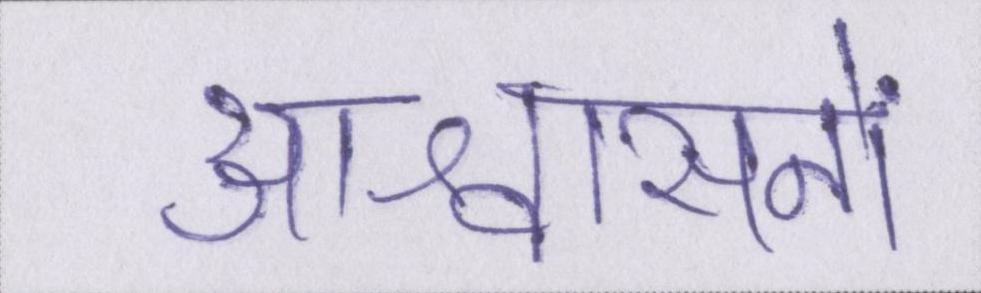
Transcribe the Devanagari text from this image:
आश्वासनों